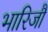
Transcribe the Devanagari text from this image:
भारिजौ